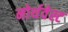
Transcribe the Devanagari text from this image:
नोर्थवेस्ट